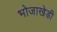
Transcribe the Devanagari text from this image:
भोजाखेडी